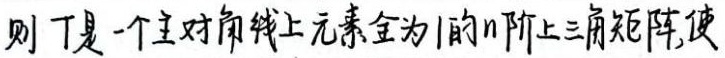
则 \(T\)是一个主对角线上元素全为 \(1\)的 \(n\)阶上三角矩阵，使 。